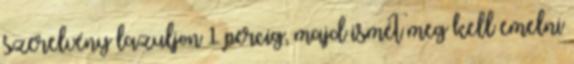
szerelvény lazuljon 1 percig, majd ismét meg kell emelni